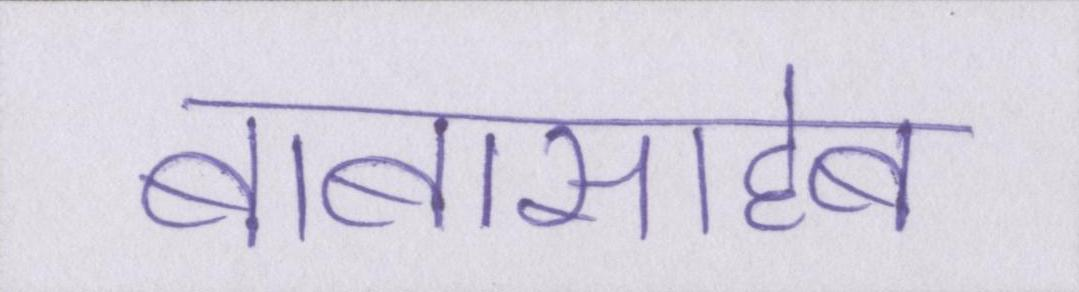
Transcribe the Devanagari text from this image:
बाबासाहेब